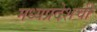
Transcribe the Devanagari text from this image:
मध्यप्रदेशची